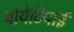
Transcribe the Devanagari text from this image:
बोयेटियाई